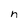
Character: n